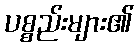
ပစ္စည်းများ၏